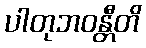
ပါတုဘဝန္တီတိ